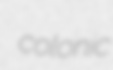
colonic